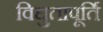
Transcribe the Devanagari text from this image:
विद्युतापूर्ति